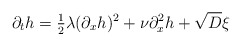
\begin{align*}\partial_t h = \tfrac{1}{2}\lambda(\partial_x h)^2 + \nu\partial_x^2 h + \sqrt{D}\xi\end{align*}